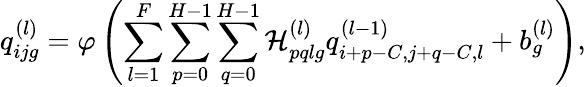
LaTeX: q_{ijg}^{(l)}=\varphi\left(\sum_{l=1}^{F}\sum_{p=0}^{H-1}\sum_{q=0}^{H-1}\mathcal{H}_{pqlg}^{(l)}q_{i+p-C,j+q-C,l}^{(l-1)}+b_{g}^{(l)}\right),